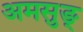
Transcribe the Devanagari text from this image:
अमसुङ्